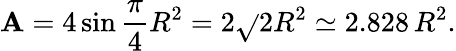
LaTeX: \mathbf{A}=4\sin{\frac{{\pi}}{{4}}}R^{2}=2{\sqrt{}{{2}}}R^{2}\simeq2.828\, R^{2}.